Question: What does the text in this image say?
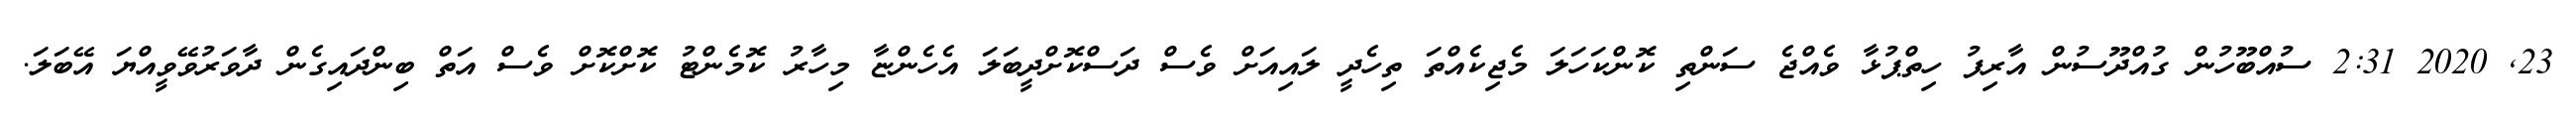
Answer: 23, 2020 2:31 ސުއްބޫހުން ގުއްދޫސުން އާރިފު ހިތްޕުޅާ ވެއްޖެ ސަންތި ކޮންކަހަލަ މެޖިކެއްތަ ތިހެދީ ލައިއަށް ވެސް ދަސްކޮށްދީބަލަ އެހެންޏާ މިހާރު ކޮމެންޓު ކޮށްކޮށް ވެސް އަތް ބިންދައިގެން ދާވަރުވޭވީއްޔަ އޭބަލަ.